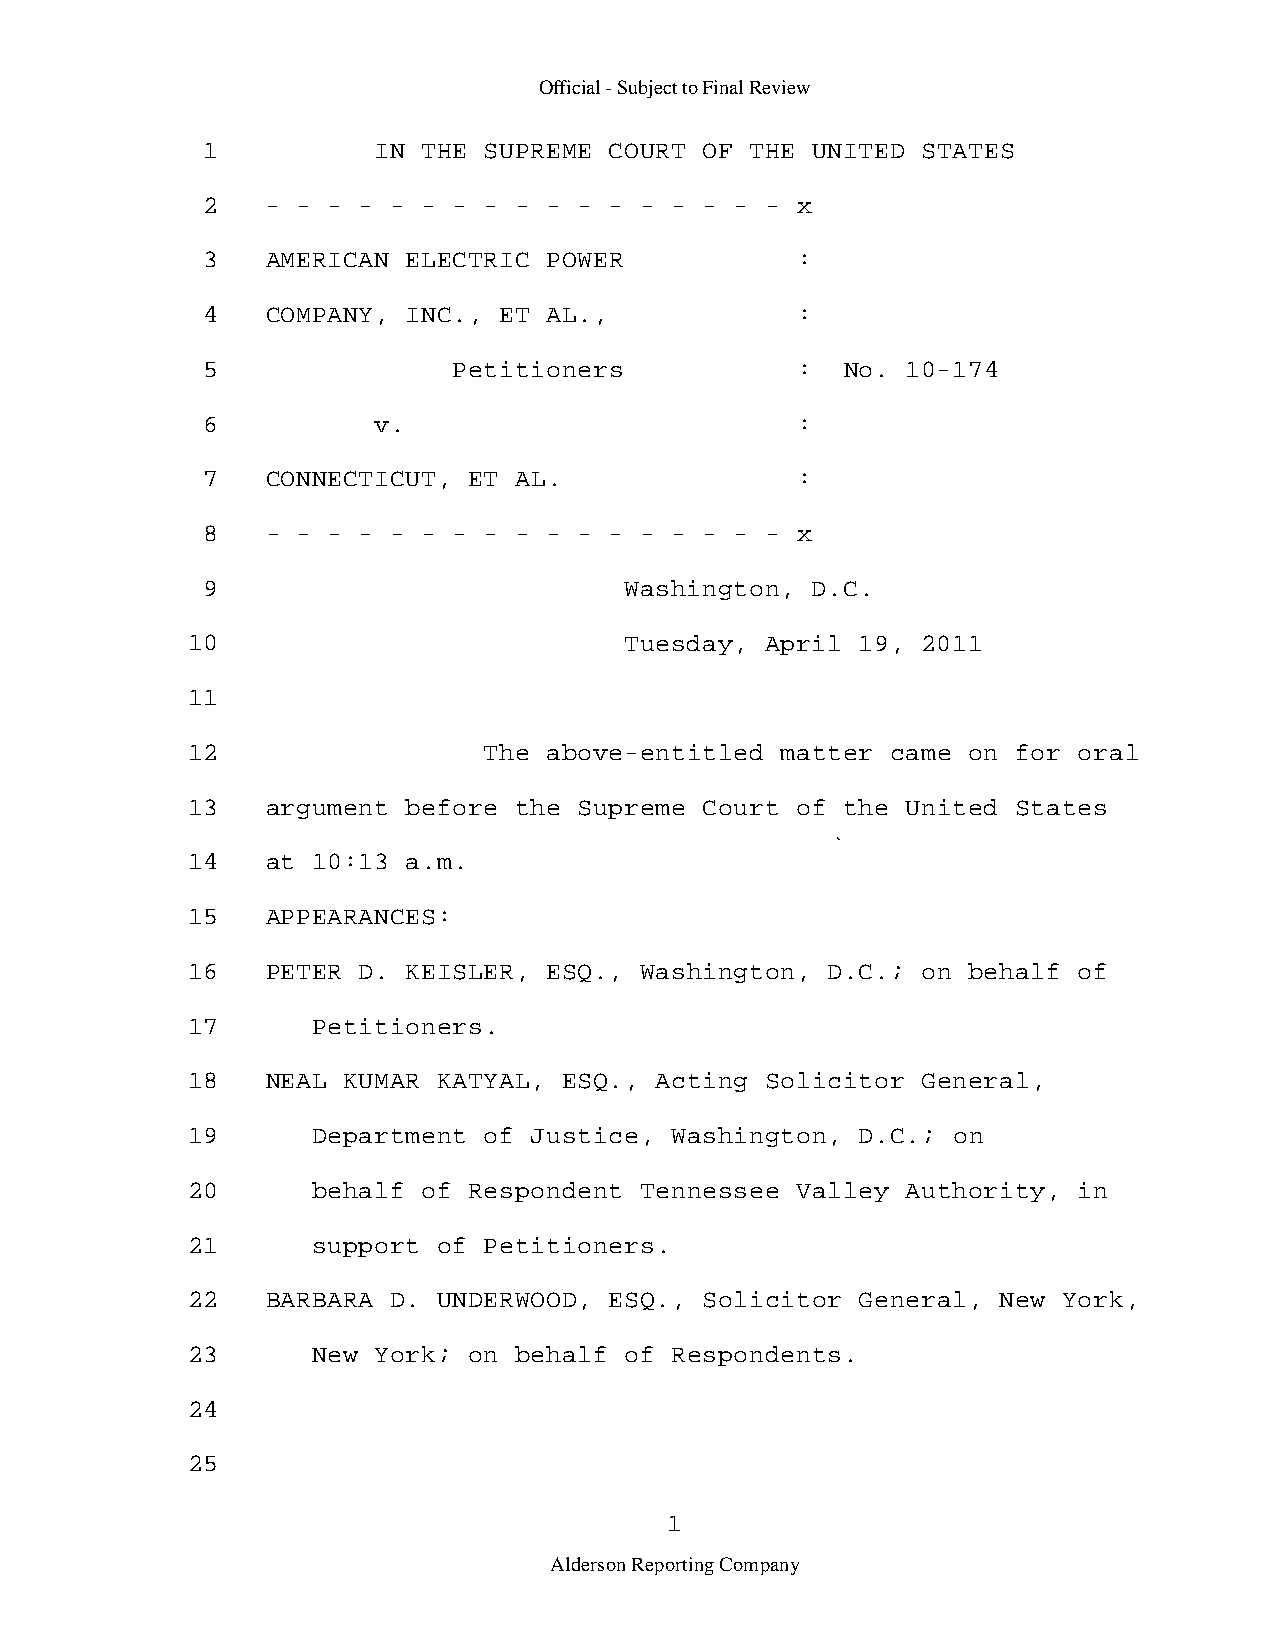
Official - Subject to Final Review
 1           IN THE SUPREME COURT  OF THE UNITED STATES
 2    - - - - - - - - - - - - - -  - - - x
 3    AMERICAN ELECTRIC POWER            :
 4    COMPANY, INC., ET AL.,             :
 5                Petitioners            :  No. 10-174
 6           v.                          :
 7    CONNECTICUT, ET AL.                :
 8    - - - - - - - - - - - - - -  - - - x
 9                           Washington,  D.C.
 10                           Tuesday,  April 19, 2011
 11
 12                  The above-entitled  matter came on for oral
 13    argument before the Supreme  Court of the United States
 14    at 10:13 a.m.
 15    APPEARANCES:
 16    PETER D. KEISLER, ESQ., Washington,  D.C.; on behalf of
 17       Petitioners.
 18    NEAL KUMAR KATYAL, ESQ., Acting  Solicitor General,
 19       Department of Justice, Washington,  D.C.; on
 20       behalf of Respondent Tennessee  Valley Authority, in
 21       support of Petitioners.
 22    BARBARA D. UNDERWOOD, ESQ.,  Solicitor General, New York,
 23       New York; on behalf of Respondents.
 24
 25
 1
 Alderson Reporting Company